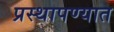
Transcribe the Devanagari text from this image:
प्रस्थापण्यात